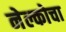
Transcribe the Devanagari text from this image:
नेल्कोचा